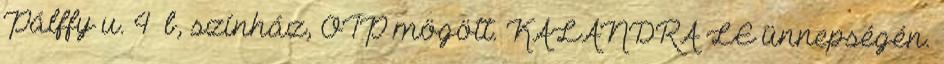
Pálffy u. 4 b, színház, OTP mögött. KALANDRA LE ünnepségén.